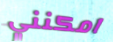
امكنني